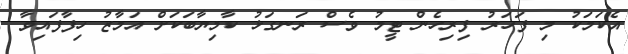
އެކަމަކު މި ފަހަރު ފިރިހެން ޓީމު ވެސް ރަނގަޅު ކާމިޔާބަކަށް އަމާޒު ހިފާފައިވާ